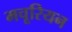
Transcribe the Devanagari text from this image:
मचूरियन